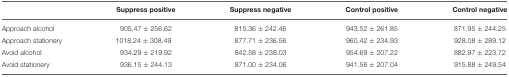
<table><thead><tr><td></td><td><b>Suppress positive</b></td><td><b>Suppress negative</b></td><td><b>Control positive</b></td><td><b>Control negative</b></td></tr></thead><tbody><tr><td>Approach alcohol</td><td>905.47 ± 256.62</td><td>815.36 ± 242.46</td><td>943.52 ± 261.85</td><td>871.95 ± 244.25</td></tr><tr><td>Approach stationery</td><td>1018.24 ± 308.49</td><td>877.71 ± 236.56</td><td>960.42 ± 234.93</td><td>928.08 ± 289.12</td></tr><tr><td>Avoid alcohol</td><td>934.29 ± 219.92</td><td>842.58 ± 238.03</td><td>954.69 ± 207.22</td><td>882.97 ± 223.72</td></tr><tr><td>Avoid stationery</td><td>936.15 ± 244.13</td><td>871.00 ± 234.06</td><td>941.56 ± 207.04</td><td>915.88 ± 249.54</td></tr></tbody></table>